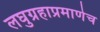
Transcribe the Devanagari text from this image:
लघुग्रहाप्रमाणेच